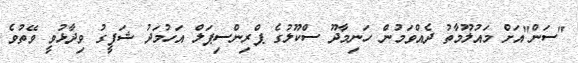
"ސަން"އަށް މައުލޫމާތު ދެއްވަމުން ހަނިމާދޫ ސްކޫލުގެ ޕްރިންސިޕަލް އަހުމަދު ޝަފީގު ވިދާޅުވީ ވޭތުވެ